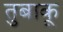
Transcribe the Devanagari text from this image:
तुबाकू